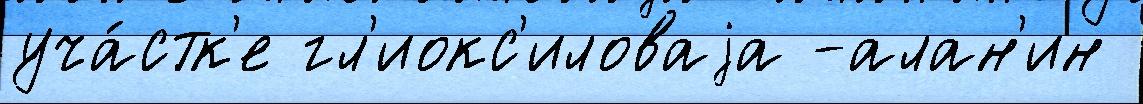
уча́стк'е гл'иокс'иловаjа -алан'ин